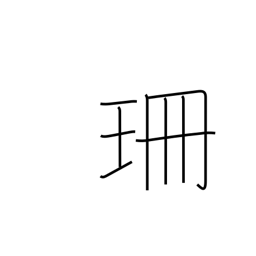
Meaning: centimeter